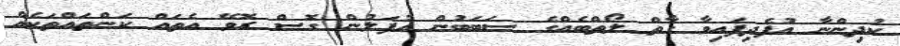
ކުދިންނާ އުފެދިފައިވާ ގާތް ލޯތްބެއްގެ ސަބަބުން އުފަލުން ގޮސް ރޮވޭ އެތައް ކަންތައްތަކެއް